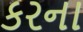
કરના